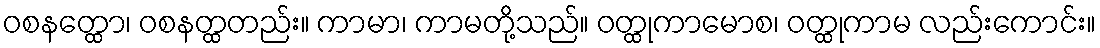
ဝစနတ္ထော၊ ဝစနတ္ထတည်း။ ကာမာ၊ ကာမတို့သည်။ ဝတ္ထုကာမောစ၊ ဝတ္ထုကာမ လည်းကောင်း။